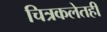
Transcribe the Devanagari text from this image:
चित्रकलेतही